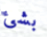
بشئ